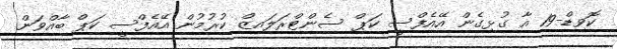
ކޮވިޑް-19 އާ ގުޅިގެން އޭއެފްސީ ކަޕް ސެންޓްރަލައިޒް ކުރުމުން އޭއެފްސީ ކަޕް ބާއްވަން